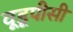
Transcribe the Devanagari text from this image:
वूडूपीसी